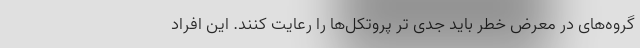
گروه‌های در معرض خطر باید جدی تر پروتکل‌ها را رعایت کنند. این افراد